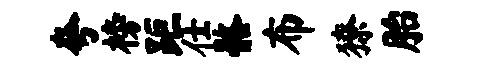
夸榜距仕髂布獠胎